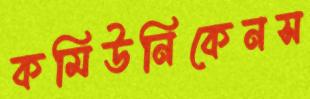
কমিউনিকেনস